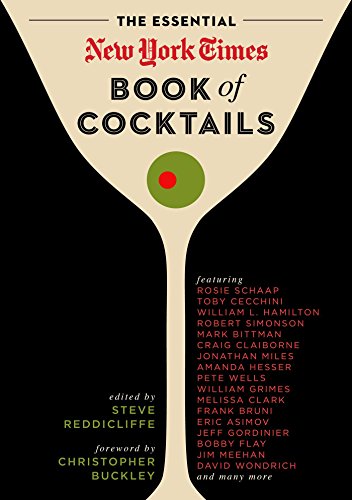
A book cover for The Essential New York Times Book of Cocktails; Steve Reddicliffe; Cookbooks, Food & Wine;